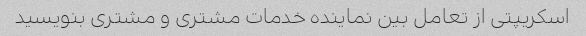
اسکریپتی از تعامل بین نماینده خدمات مشتری و مشتری بنویسید